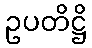
ဥပတိဋ္ဌိ